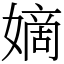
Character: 嫡